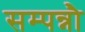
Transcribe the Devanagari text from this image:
सम्पन्नौ